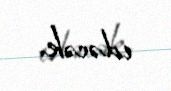
edəcək.